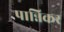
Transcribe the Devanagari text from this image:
पान्निकर